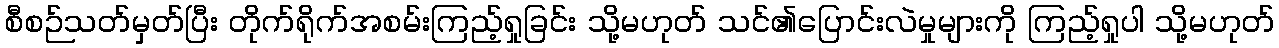
စီစဉ်သတ်မှတ်ပြီး တိုက်ရိုက်အစမ်းကြည့်ရှုခြင်း သို့မဟုတ် သင်၏ပြောင်းလဲမှုများကို ကြည့်ရှုပါ သို့မဟုတ်